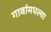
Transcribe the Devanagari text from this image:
गावांमधल्या